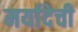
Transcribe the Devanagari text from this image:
मर्यादेची